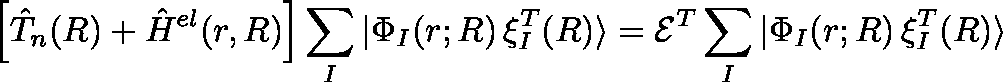
\Big [ \hat { T } _ { n } ( R ) + \hat { H } ^ { e l } ( r , R ) \Big ] \sum _ { I } | \Phi _ { I } ( r ; R ) \, \mathbf { \xi } _ { I } ^ { T } ( R ) \rangle = \mathcal { E } ^ { T } \sum _ { I } | \Phi _ { I } ( r ; R ) \, \mathbf { \xi } _ { I } ^ { T } ( R ) \rangle